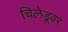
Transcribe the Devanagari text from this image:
चिलेडूवर